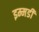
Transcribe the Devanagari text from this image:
इम्मडी